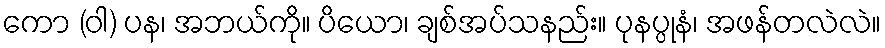
ကော (ဝါ) ပန၊ အဘယ်ကို။ ပိယော၊ ချစ်အပ်သနည်း။ ပုနပ္ပုနံ၊ အဖန်တလဲလဲ။